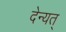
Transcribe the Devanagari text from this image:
देन्यत्